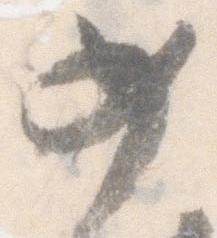
如